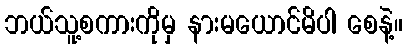
ဘယ်သူ့စကားကိုမှ နားမယောင်မိပါ စေနဲ့။